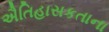
ઐતિહાસકતાના